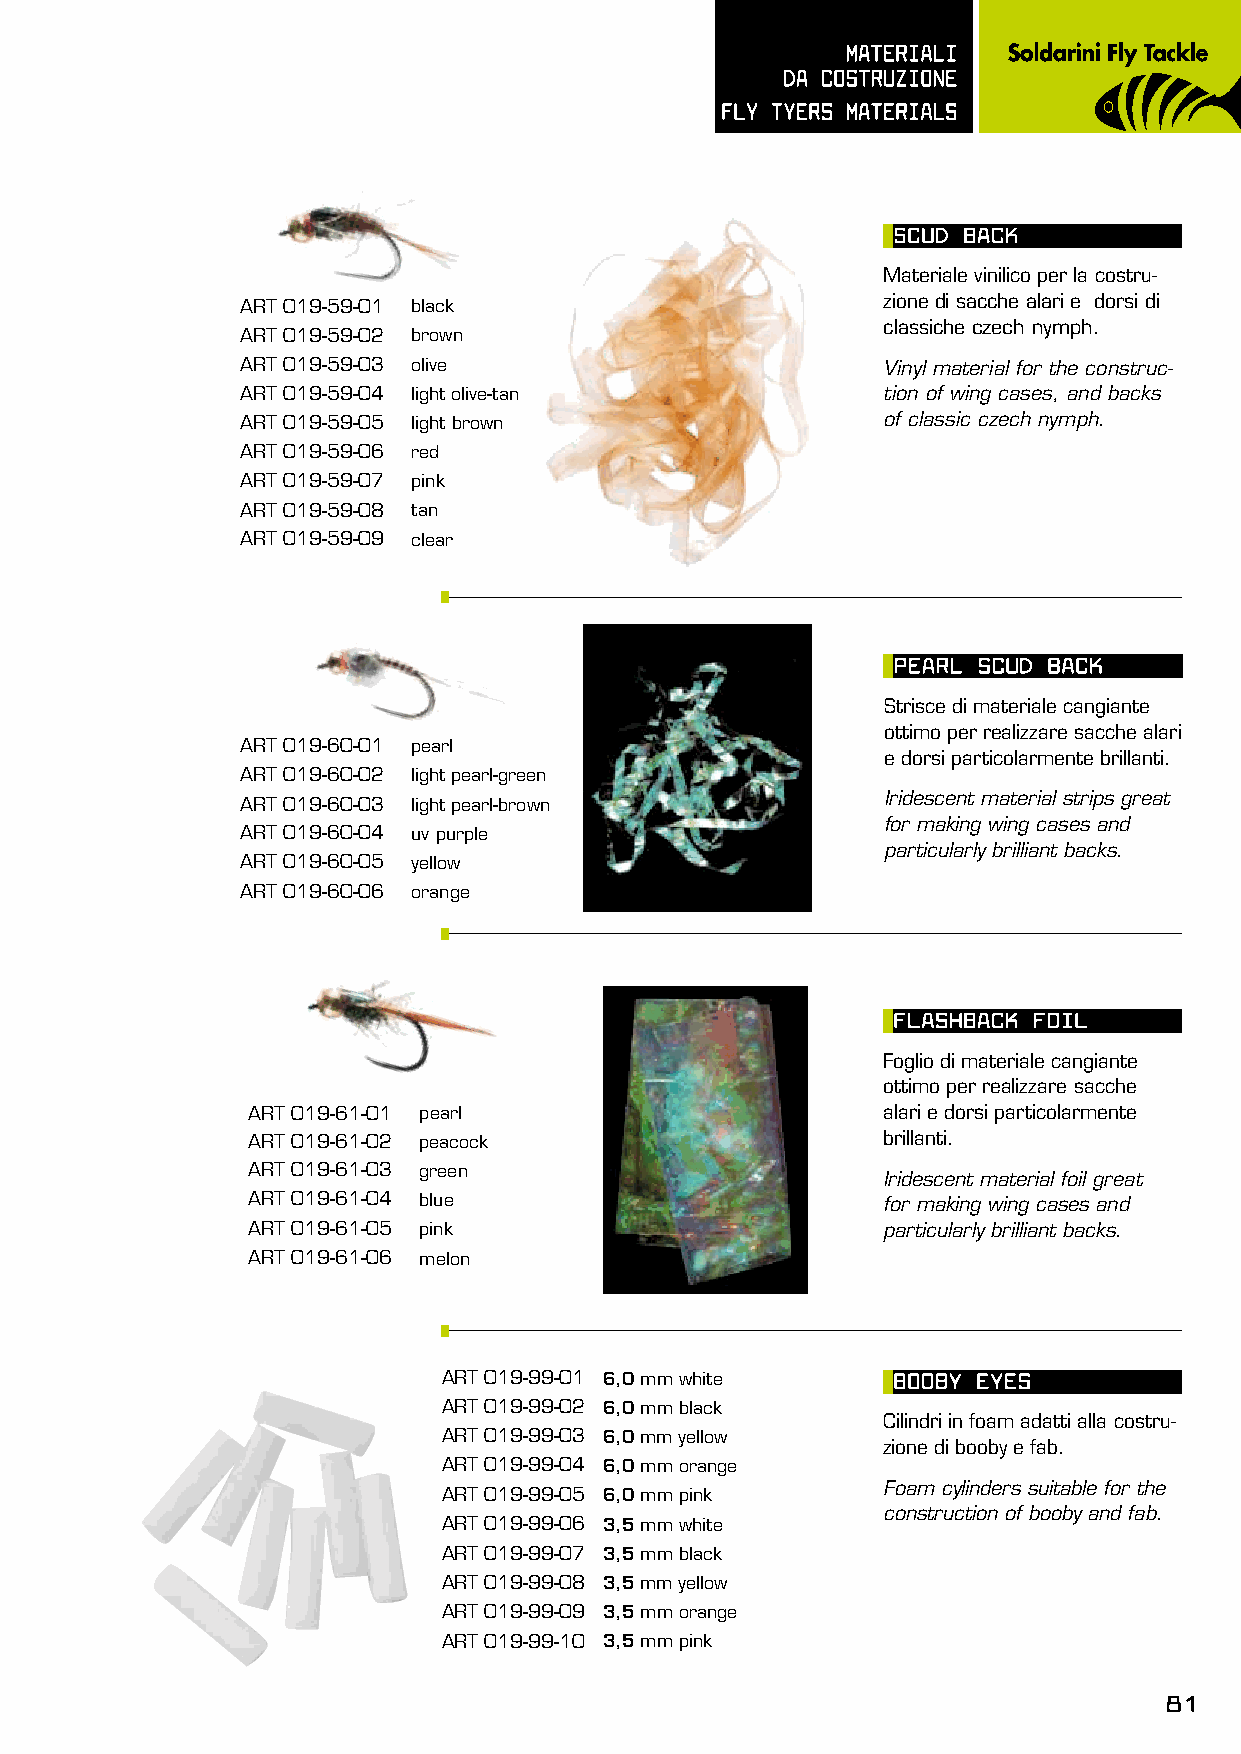
mATERIALI
 dA COsTRUzIOnE
 FLy TyERs mATERIALs
 sCUd BACK
 Materiale vinilico per la costru-
 ART 019-59-01 black                       zione di sacche alari e dorsi di
 classiche czech nymph.
 ART 019-59-02 brown
 ART 019-59-03 olive                       Vinyl material for the construc-
 ART 019-59-04 light olive-tan             tion of wing cases, and backs
 ART 019-59-05 light brown                 of classic czech nymph.
 ART 019-59-06 red
 ART 019-59-07 pink
 ART 019-59-08 tan
 ART 019-59-09 clear
 pEARL sCUd BACK
 Strisce di materiale cangiante
 ottimo per realizzare sacche alari
 ART 019-60-01 pearl
 e dorsi particolarmente brillanti.
 ART 019-60-02 light pearl-green
 Iridescent material strips great
 ART 019-60-03 light pearl-brown
 for making wing cases and
 ART 019-60-04 uv purple
 particularly brilliant backs.
 ART 019-60-05 yellow
 ART 019-60-06 orange
 FLAshBACK FOIL
 Foglio di materiale cangiante
 ottimo per realizzare sacche
 ART 019-61-01 pearl                       alari e dorsi particolarmente
 ART 019-61-02 peacock                     brillanti.
 ART 019-61-03 green
 Iridescent material foil great
 ART 019-61-04 blue                        for making wing cases and
 ART 019-61-05 pink                        particularly brilliant backs.
 ART 019-61-06 melon
 ART 019-99-01 6,0 mm white    BOOBy EyEs
 ART 019-99-02 6,0 mm black
 Cilindri in foam adatti alla costru-
 ART 019-99-03 6,0 mm yellow
 zione di booby e fab.
 ART 019-99-04 6,0 mm orange
 Foam cylinders suitable for the
 ART 019-99-05 6,0 mm pink
 construction of booby and fab.
 ART 019-99-06 3,5 mm white
 ART 019-99-07 3,5 mm black
 ART 019-99-08 3,5 mm yellow
 ART 019-99-09 3,5 mm orange
 ART 019-99-10 3,5 mm pink
 81